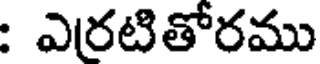
: ఎరటితోరము